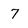
Character: 7